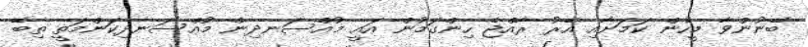
ބޭނުންވާ މީހުން ކަމަށާއި އޭރު ރާއްޖެ ހިންގަމުން އައީ މުއްސަނދިން މުއްސަނދިކަންމަތީ ތިބޭ